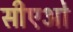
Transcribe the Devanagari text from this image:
सीएओ